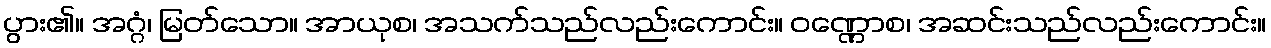
ပွား၏။ အဂ္ဂံ၊ မြတ်သော။ အာယုစ၊ အသက်သည်လည်းကောင်း။ ဝဏ္ဏောစ၊ အဆင်းသည်လည်းကောင်း။